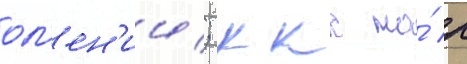
ол'ен'ии; ккс на́ р